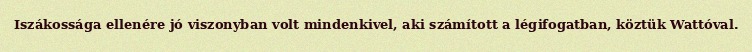
Iszákossága ellenére jó viszonyban volt mindenkivel, aki számított a légifogatban, köztük Wattóval.